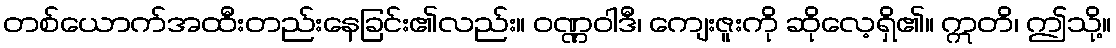
တစ်ယောက်အထီးတည်းနေခြင်း၏လည်း။ ဝဏ္ဏဝါဒီ၊ ကျေးဇူးကို ဆိုလေ့ရှိ၏။ ဣတိ၊ ဤသို့။